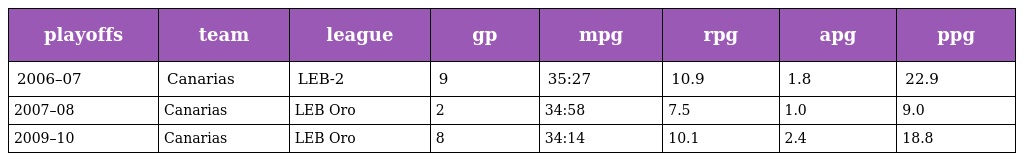
| playoffs | team | league | gp | mpg | rpg | apg | ppg |
 | --- | --- | --- | --- | --- | --- | --- | --- |
 | 2006–07 | Canarias | LEB-2 | 9 | 35:27 | 10.9 | 1.8 | 22.9 |
 | 2007–08 | Canarias | LEB Oro | 2 | 34:58 | 7.5 | 1.0 | 9.0 |
 | 2009–10 | Canarias | LEB Oro | 8 | 34:14 | 10.1 | 2.4 | 18.8 |